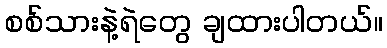
စစ်သားနဲ့ရဲတွေ ချထားပါတယ်။